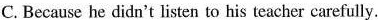
C.Because he didn't listen to his teacher carefully.